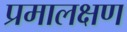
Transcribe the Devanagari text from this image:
प्रमालक्षण